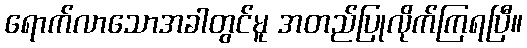
ရောက်လာသောအခါတွင်မူ အတည်ပြုလိုက်ကြရပြီ။